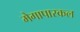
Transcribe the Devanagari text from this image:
मेगापास्कल